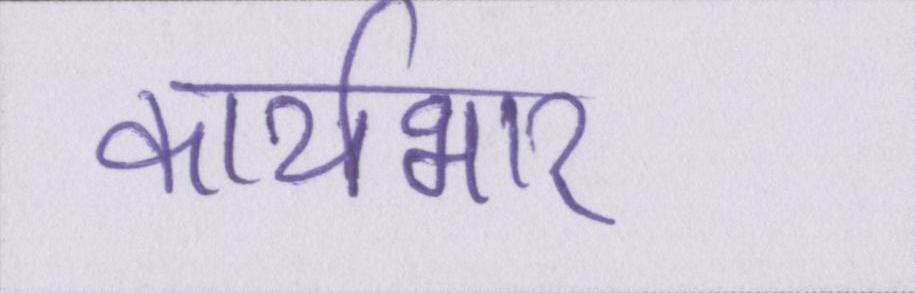
कार्यभार